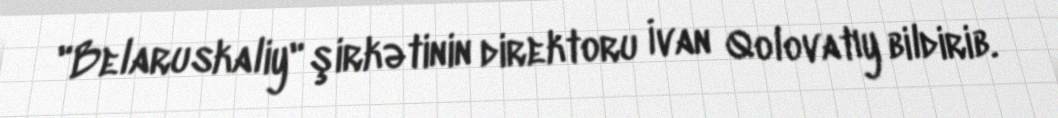
"Belaruskaliy" şirkətinin direktoru İvan Qolovatıy bildirib.